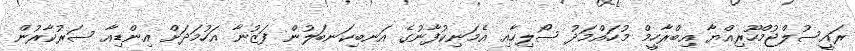
ރައީސުލްޖުމްހޫރިއްޔާ އިބްރާހީމް މުހައްމަދު ސޯލިހާއި އެމަނިކުފާނުގެ އަނބިކަނބަލުން ފަޒުނާ އަހުމަދަށް އިންޑިއާ ސަރުކާރުން